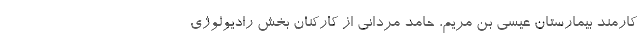
کارمند بیمارستان عیسی بن مریم، حامد مردانی از کارکنان بخش رادیولوژی